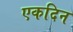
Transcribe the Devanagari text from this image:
एकदिन